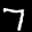
Label: 7